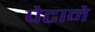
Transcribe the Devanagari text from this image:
पेटाने